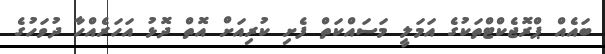
ބައެއް ޕްރޮޖެކްޓްތަކުގެ އަމަލީ މަސައްކަތް ފެށި ކުރިއަށް އޮތް ދޮޅު އަހަރެއްހާ ދުވަހުގެ